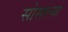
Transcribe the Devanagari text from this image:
सोसल्या